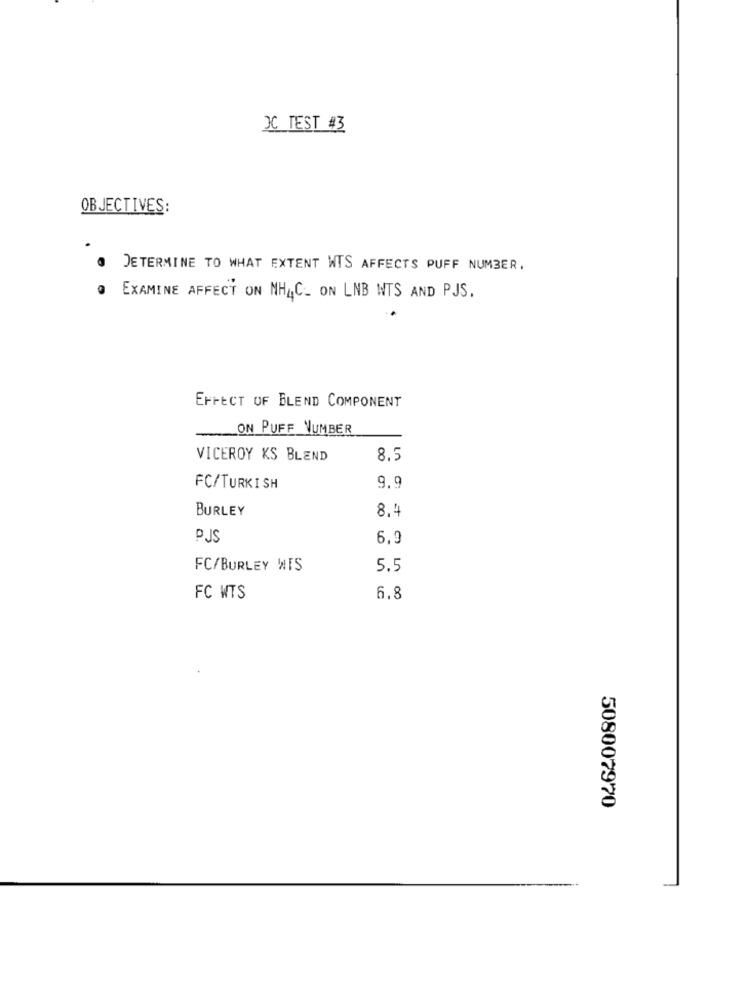
XC TEST #3
OBJECTIVES:
. DETERMINE TO WHAT EXTENT WTS AFFECTS PUFF NUMBER,
. EXAMINE AFFECT ON NH4C_ ON LNB NTS AND PJS.
EFFECT OF BLEND COMPONENT
ON PUFF NUMBER
VICEROY KS BLEND
8.5
9.9
FC/TURKISH
BURLEY
8.4
PJS
6,9
FC/BURLEY WITS
5.5
FC WTS
6.8
508007970